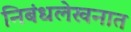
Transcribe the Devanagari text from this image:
निबंधलेखनात